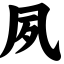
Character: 夙